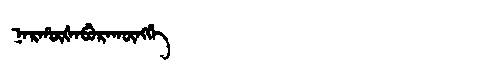
Manchu: ᠨᠠᡵᡥᡡᡧᠠᠪᡠᡵᠠᡴᡡᠩᡤᡝ
Romanization: NARHŪŠABURAKŪNGGE